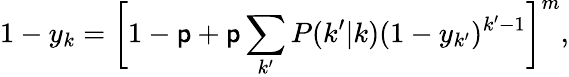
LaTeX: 1-y_{k}=\bigg[1-\mathsf{p}+\mathsf{p}\sum_{k^{\prime}}P(k^{\prime}|k)(1-y_{k^{\prime}})^{k^{\prime}-1}\bigg]^{m},